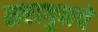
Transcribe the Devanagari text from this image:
सहागुनचे